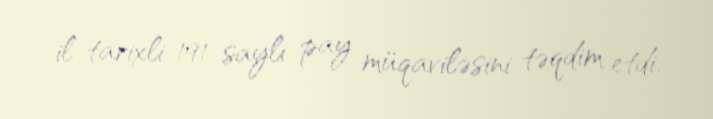
il tarixli 191 saylı pay müqaviləsini təqdim etdi.